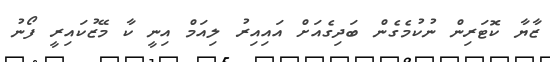
ޒާޔާ ކޮޓަރިން ނުކުމެގެން ބަދިގެއަށް އައިއިރު ލިއަމް އިނީ ކާ މޭޒުކައިރީ ފޯނު